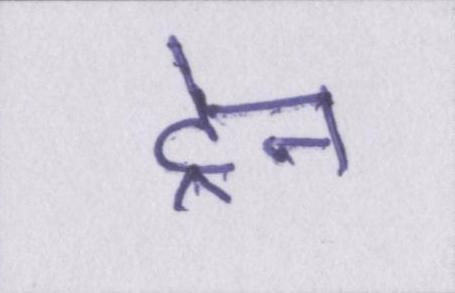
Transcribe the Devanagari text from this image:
ट्रेन